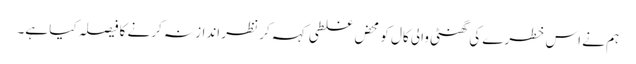
ہم نے اس خطرے کی گھنٹی والی کال کو محض غلطی کہہ کر نظر انداز نہ کرنے کا فیصلہ کیا ہے۔